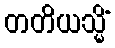
တတိယသ္မိံ